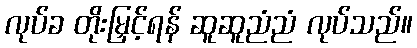
လုပ်ခ တိုးမြှင့်ရန် ဆူဆူညံညံ လုပ်သည်။